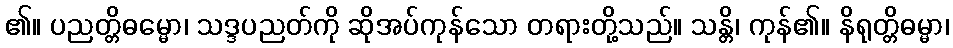
၏။ ပညတ္တိဓမ္မော၊ သဒ္ဒပညတ်ကို ဆိုအပ်ကုန်သော တရားတို့သည်။ သန္တိ၊ ကုန်၏။ နိရုတ္တိဓမ္မာ၊